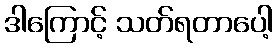
ဒါကြောင့် သတ်ရတာပေါ့